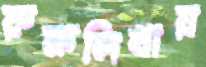
রুক্ষলিখায়